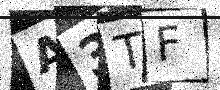
Text: A3TF